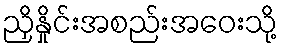
ညှိနှိုင်းအစည်းအဝေးသို့